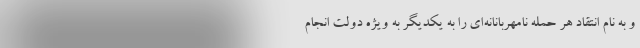
و به نام انتقاد هر حمله نامهربانانه‌ای را به یکدیگر به ویژه دولت انجام